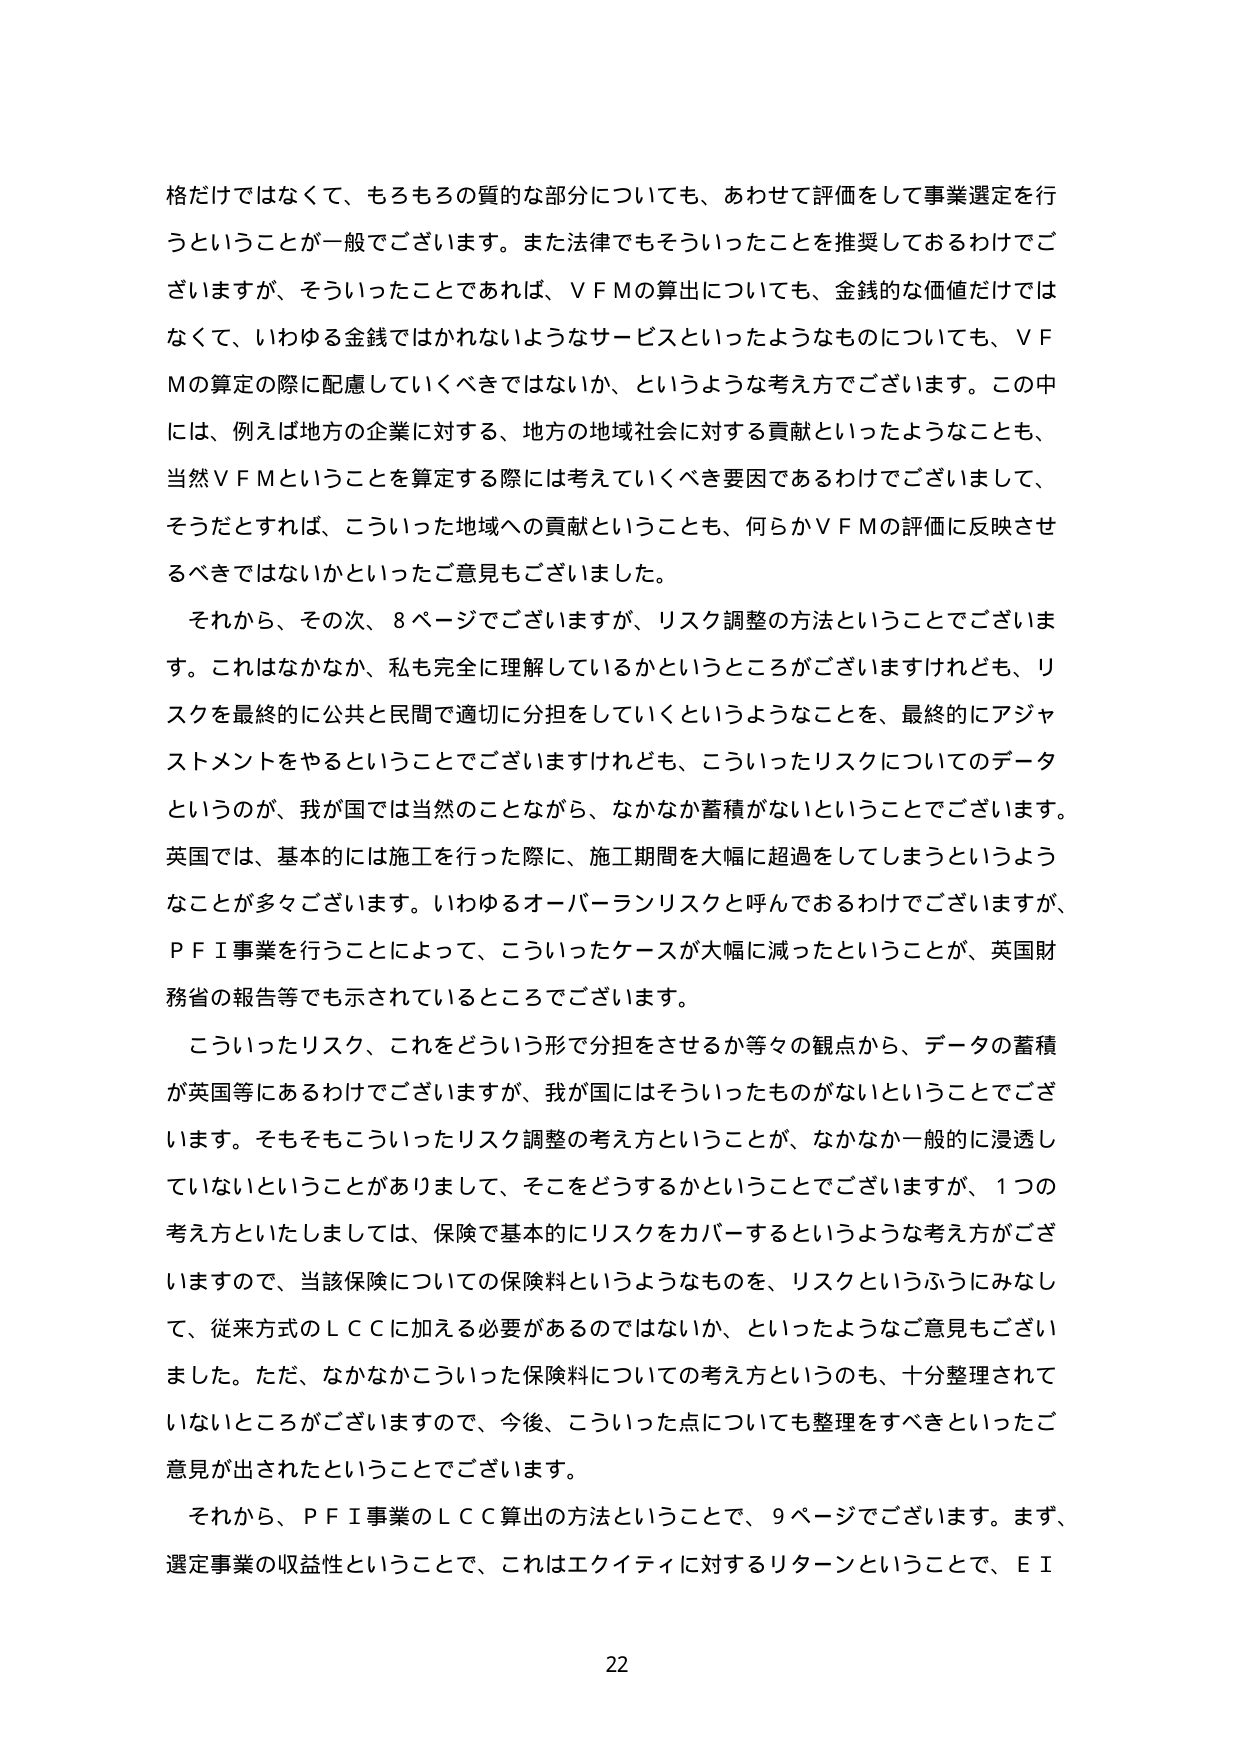
格だけではなくて、もろもろの質的な部分についても、あわせて評価をして事業選定を行うということが一般でございます。また法律でもそういったことを推奨しておるわけでございますが、そういったことであれば、ＶＦＭの算出についても、金銭的な価値だけではなくて、いわゆる金銭ではかれないようなサービスといったようなものについても、ＶＦＭの算定の際に配慮していくべきではないか、というような考え方でございます。この中には、例えば地方の企業に対する、地方の地域社会に対する貢献といったようなことも、当然ＶＦＭということを算定する際には考えていくべき要因であるわけでございまして、そうだとすれば、こういった地域への貢献ということも、何らかＶＦＭの評価に反映させるべきではないかといったご意見もございました。

それから、その次、８ページでございますが、リスク調整の方法ということでございます。これはなかなか、私も完全に理解しているかというところがございますけれども、リスクを最終的に公共と民間で適切に分担をしていくというようなことを、最終的にアジャストメントをやるということでございますけれども、こういったリスクについてのデータというのが、我が国では当然のことながら、なかなか蓄積がないということでございます。英国では、基本的には施工を行った際に、施工期間を大幅に超過してしまうというようなことが多々ございます。いわゆるオーバーランリスクと呼んでおるわけでございますが、ＰＦＩ事業を行うことによって、こういったケースが大幅に減ったということが、英国財務省の報告等でも示されているところでございます。

こういったリスク、これをどういう形で分担をさせるか等々の観点から、データの蓄積が英国等にあるわけでございますが、我が国にはそういったものがいないということでございます。そもそもこういったリスク調整の考え方ということが、なかなか一般的に浸透していないということがありまして、そこをどうするかということでございますが、１つの考え方といたしましては、保険で基本的にリスクをカバーするというような考え方ございますので、当該保険についての保険料というようなものを、リスクというふうにみなして、従来方式のＬＣに加える必要があるのではないか、といったようなご意見もございました。ただ、なかなかこういった保険料についての考え方というのも、十分整理されていないところがございますので、今後、こういった点についても整理をすべきといったご意見が出されたということでございます。

それから、ＰＦＩ事業のＬＣ算出の方法ということで、９ページでございます。まず、選定事業の収益性ということで、これはエクイティに対するリターンということで、ＥＩ

22